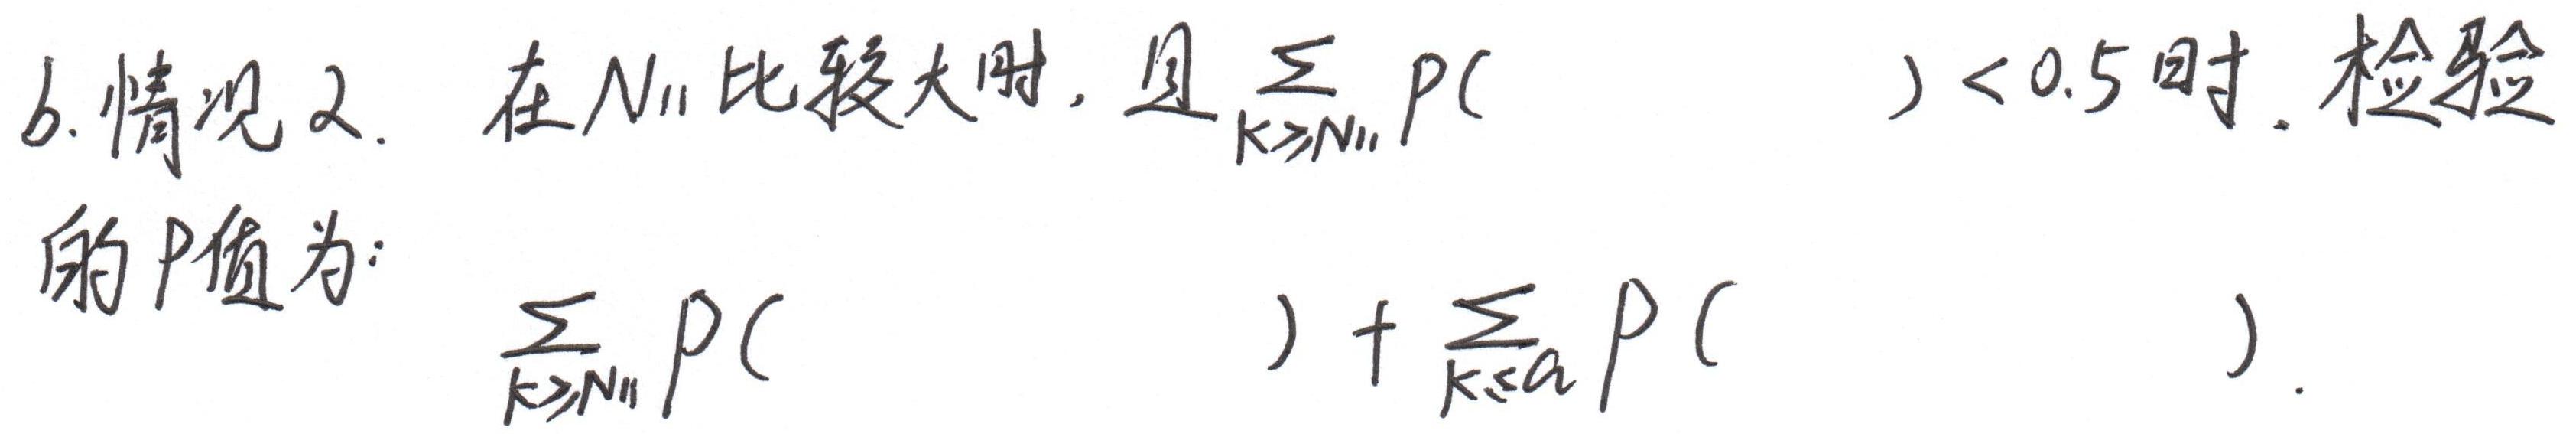
6.情况2. 在$N_{11}$比较大时，且$\sum_{k\geqslant N_{11}}p(\quad)<0.5$时. 检验
的$P$值为：
$\sum_{k\geqslant N_{11}}p(\quad)+\sum_{k\leqslant a}p(\quad).$